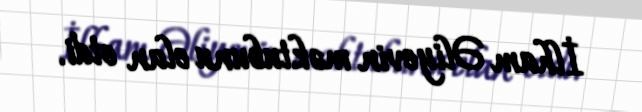
İlham Əliyevin məktubunu elan etdi.